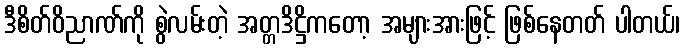
ဒီစိတ်ဝိညာဏ်ကို စွဲလမ်းတဲ့ အတ္တဒိဋ္ဌိကတော့ အများအားဖြင့် ဖြစ်နေတတ် ပါတယ်၊